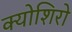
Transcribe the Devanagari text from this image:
क्योशिरो